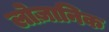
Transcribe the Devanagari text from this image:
लोज़ानिक